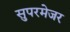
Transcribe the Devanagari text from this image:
सुपरमेजर